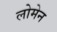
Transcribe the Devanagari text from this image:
लोमेन